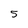
Character: 5